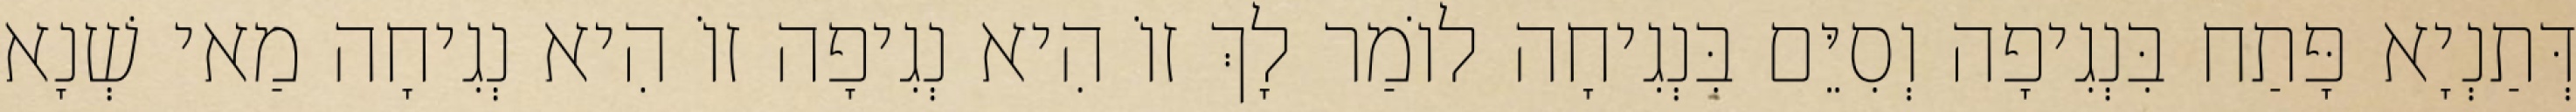
דְּתַנְיָא פָּתַח בִּנְגִיפָה וְסִיֵּם בִּנְגִיחָה לוֹמַר לָךְ זוֹ הִיא נְגִיפָה זוֹ הִיא נְגִיחָה מַאי שְׁנָא